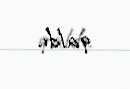
qaldı.